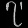
Digit: ၇